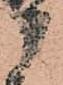
部